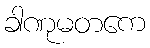
ခါဏုမတကေ